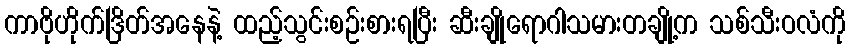
ကာဗိုဟိုက်ဒြိတ်အနေနဲ့ ထည့်သွင်းစဉ်းစားရပြီး ဆီးချိုရောဂါသမားတချို့က သစ်သီးဝလံကို